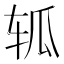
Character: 𮝴